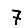
Digit: 7